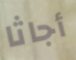
أجاثا